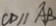
C D / / A B